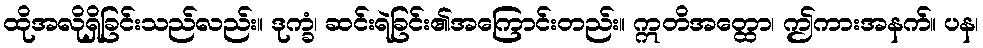
ထိုအလိုရှိခြင်းသည်လည်း။ ဒုက္ခံ၊ ဆင်းရဲခြင်း၏အကြောင်းတည်း။ ဣတိအတ္ထော၊ ဤကားအနက်။ ပန၊